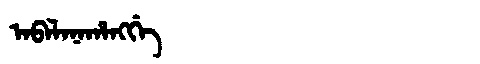
Manchu: ᠠᠪᠠᠯᠠᠨᠠᡥᠠᠩᡤᡝ
Romanization: ABALANAHANGGE